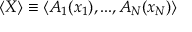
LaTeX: \langle X \rangle \equiv \langle A _ { 1 } ( x _ { 1 } ) , . . . , A _ { N } ( x _ { N } ) \rangle